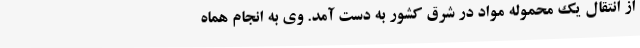
از انتقال یک محموله مواد در شرق کشور به دست آمد. وی به انجام هماه